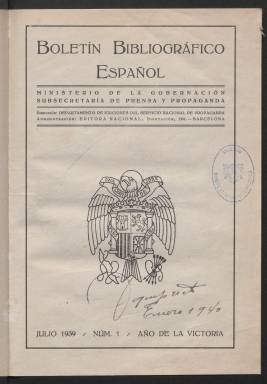
Título: Boletín bibliográfico español (Barcelona)
Colección: Libros
Ámbito geográfico: Barcelona
Lugar de publicación: Barcelona
Fechas: 01/07/1939-01/07/1939